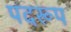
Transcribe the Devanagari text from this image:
पदरूप